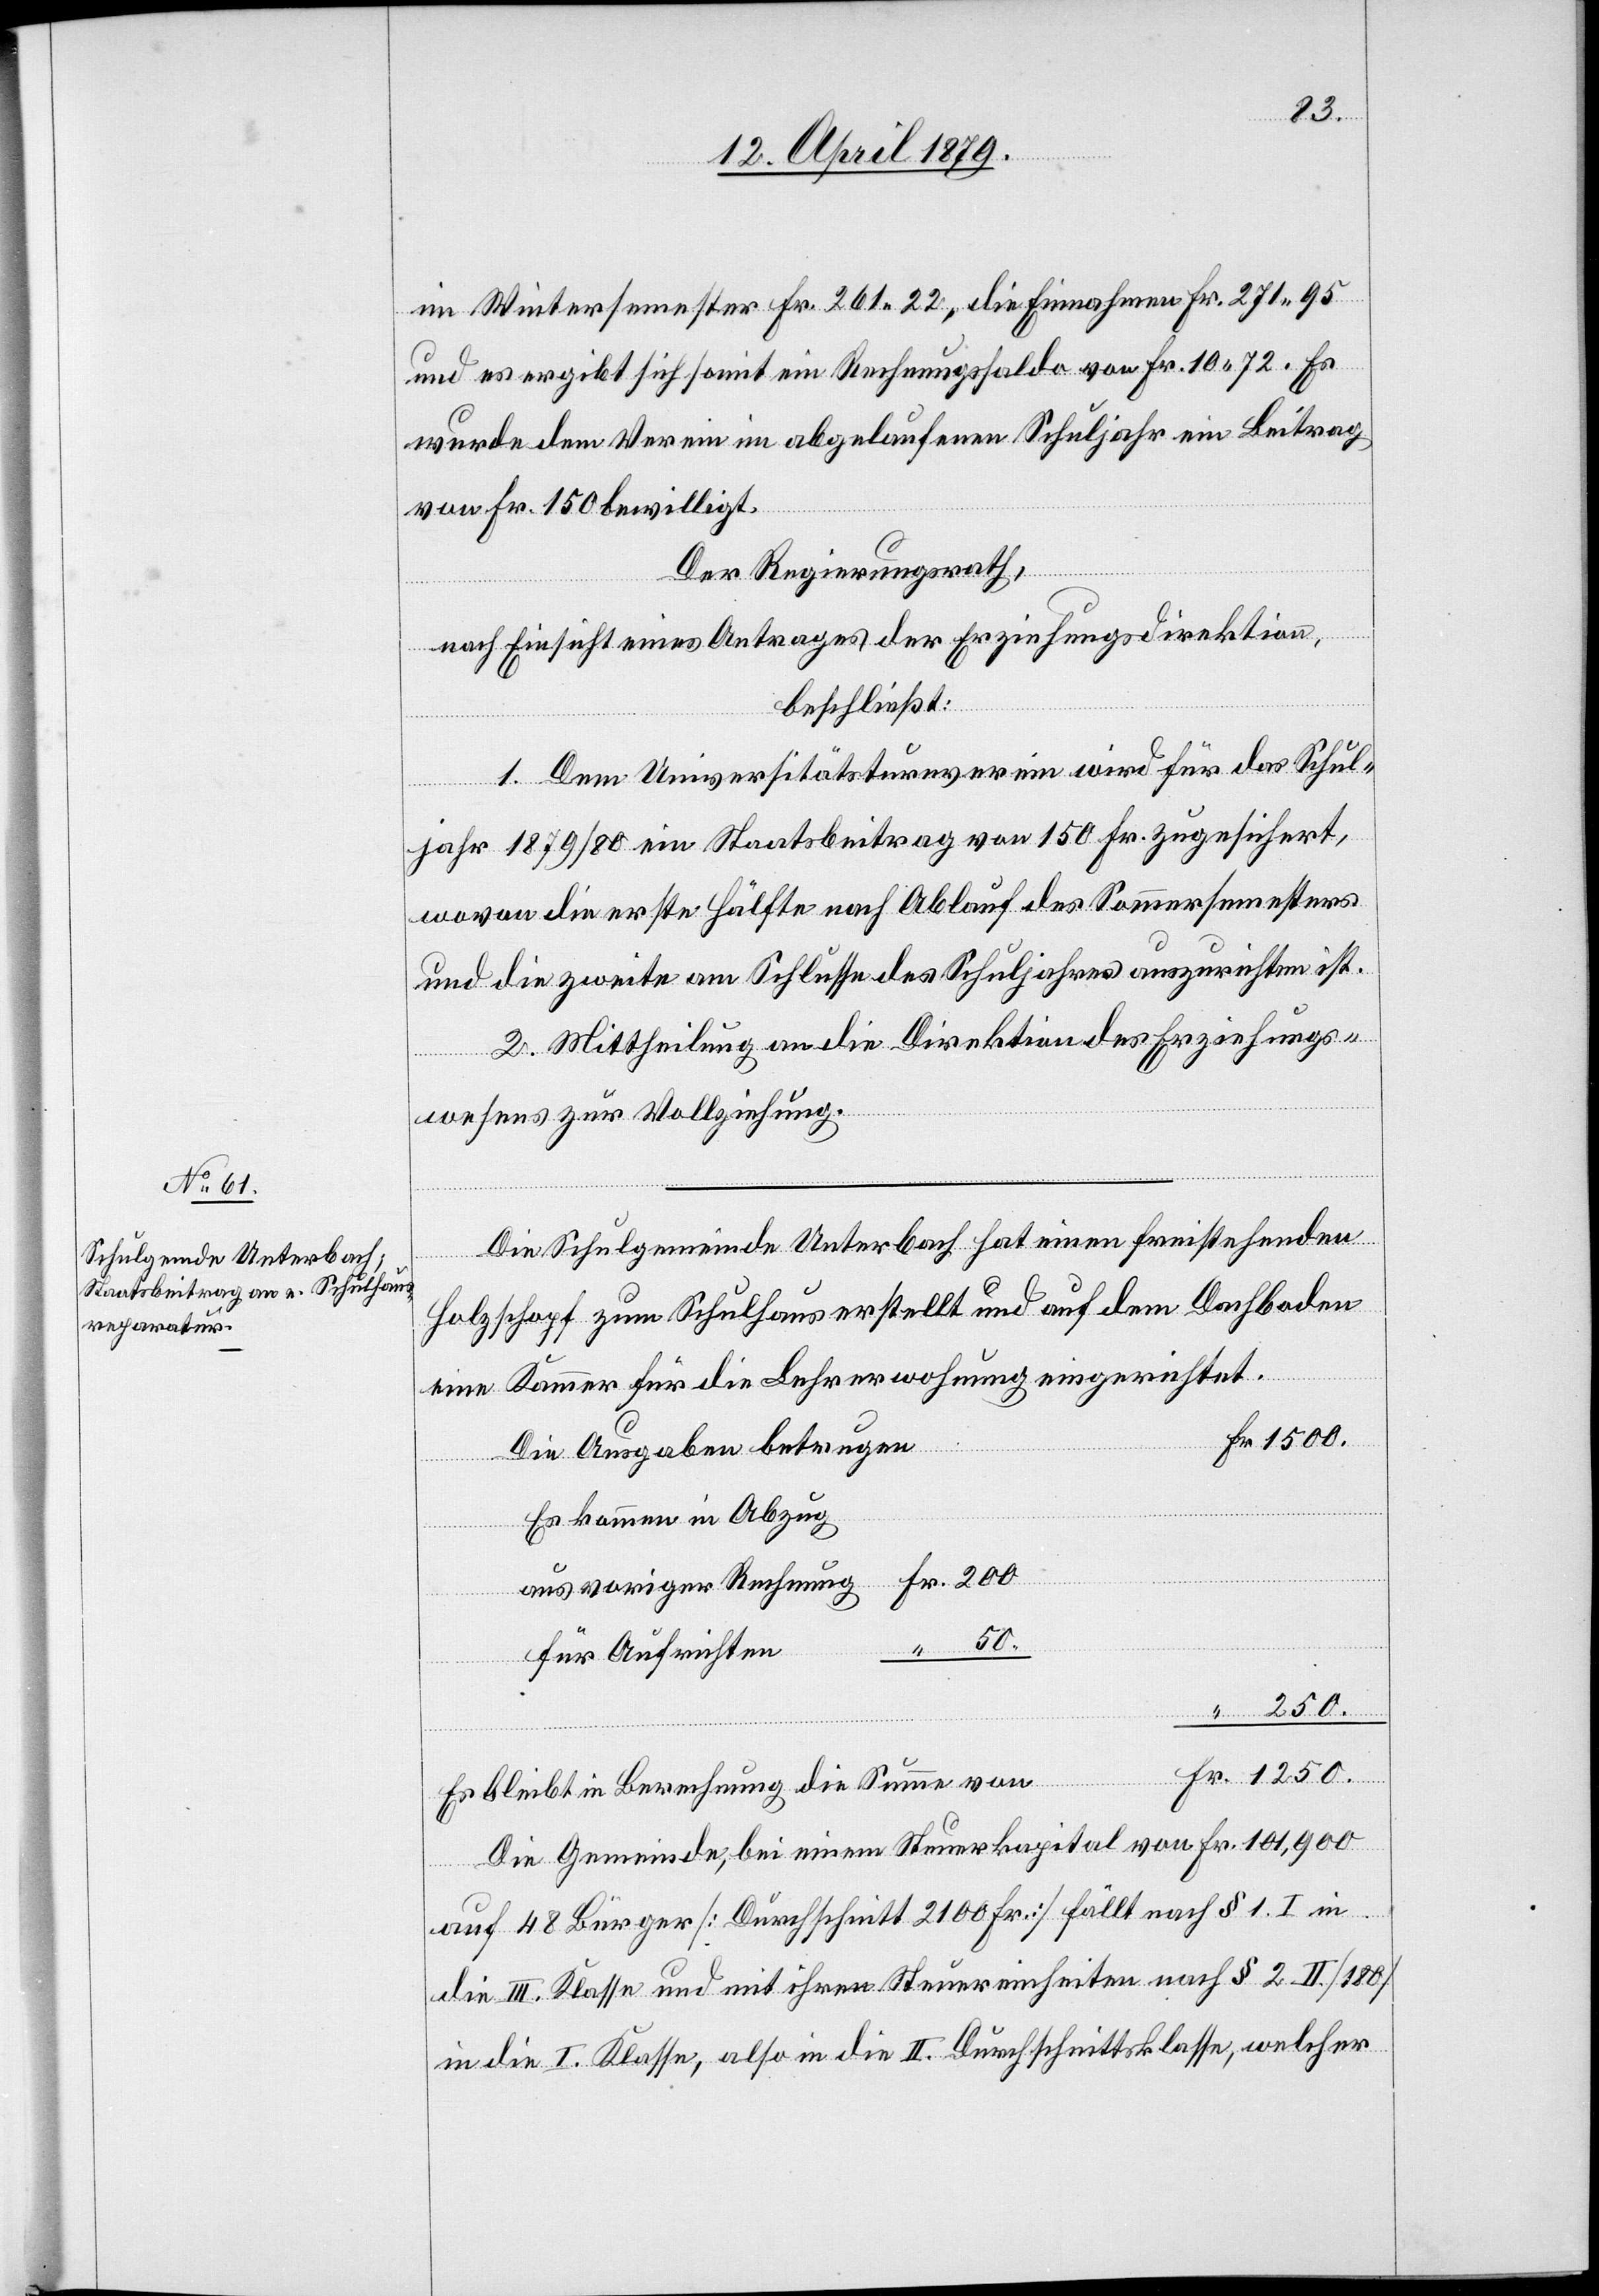
1250.
nung
im Wintersemester Fr. 261 22, die Einnahmen Fr. 271 95
und es ergibt sich somit ein Rechnungssaldo von Fr. 10 72. Es
wurde dem Verein im abgelaufenen Schuljahr ein Beitrag
aus
von Fr. 150 bewilligt.
Der Regierungsrath,
nach Einsicht eines Antrages der Erziehungsdirektion,
beschließt:
1. Dem Universitätsturnverein wird für das Schul¬
jahr 1879/80 ein Staatsbeitrag von 150 Fr. zugesichert,
wovon die erste Hälfte nach Ablauf des Sommersemesters
und die zweite am Schlusse des Schuljahres auszurichten ist.
2. Mittheilung an die Direktion des Erziehungs¬
wesens zur Vollziehung.
Die Schulgemeinde Unterbach hat einen freistehenden
Holzschopf zum Schulhaus erstellt und auf dem Dachboden
Kammer für die Lehrerwohnung eingerichtet.
eine
Die Ausgaben betrugen
Es kommen in Abzug
“
für Aufrichten
Es bleibt in Berechnung die Summe von
Die Gemeinde, bei einem Steuerkapital von Fr. 101,900
Fr.
auf 48 Bürger [Durchschnitt 2100 Fr.] fällt nach § 1. I in
die III. Klasse und mit ihren Steuereinheiten nach § 2 II. [180]
in die I. Klasse, also in die II. Durchschnittsklasse, welcher